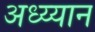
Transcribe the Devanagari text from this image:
अध्य्यान